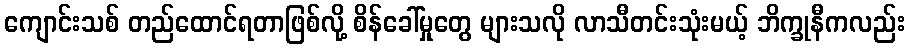
ကျောင်းသစ် တည်ထောင်ရတာဖြစ်လို့ စိန်ခေါ်မှုတွေ များသလို လာသီတင်းသုံးမယ့် ဘိက္ခုနီကလည်း